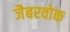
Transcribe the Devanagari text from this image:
जैबरवोक